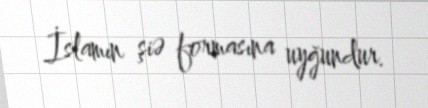
İslamın şiə formasına uyğundur.